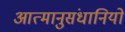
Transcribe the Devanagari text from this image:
आत्मानुसंधानियों